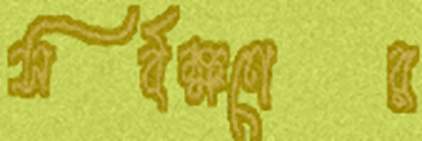
সর্বক্ষণের